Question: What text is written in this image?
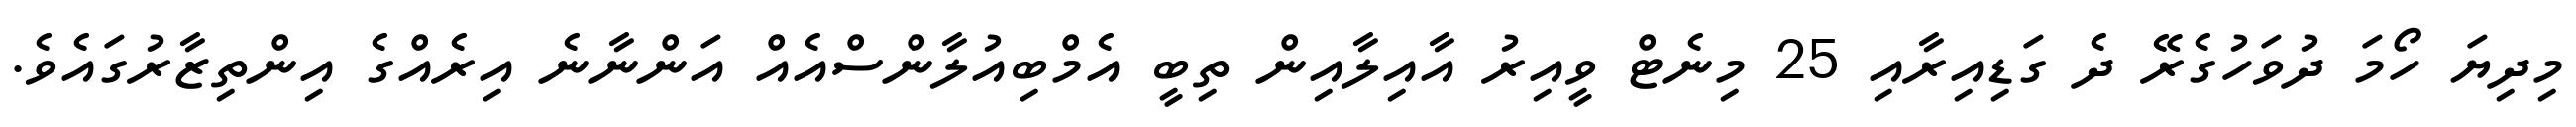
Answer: މިދިޔަ ހޯމަ ދުވަހުގެރޭ ދެ ގަޑިއިރާއި 25 މިނެޓް ވީއިރު އާއިލާއިން ތިބީ އެމްބިއުލާންސްއެއް އަންނާނެ އިރެއްގެ އިންތިޒާރުގައެވެ.